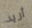
أريد